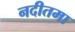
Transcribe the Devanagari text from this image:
नदीतमा